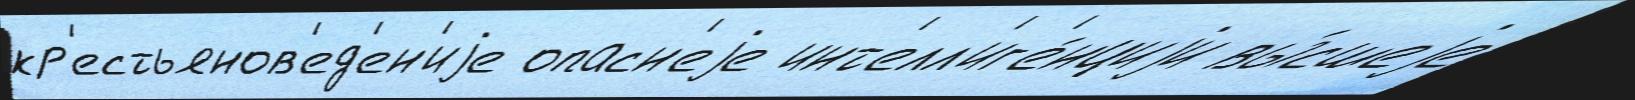
кр'естьянов'ед'ен'иjе опасн'еjе инт'елл'иг'е́нциjи вы́сшеjе